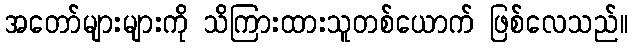
အတော်များများကို သိကြားထားသူတစ်ယောက် ဖြစ်လေသည်။